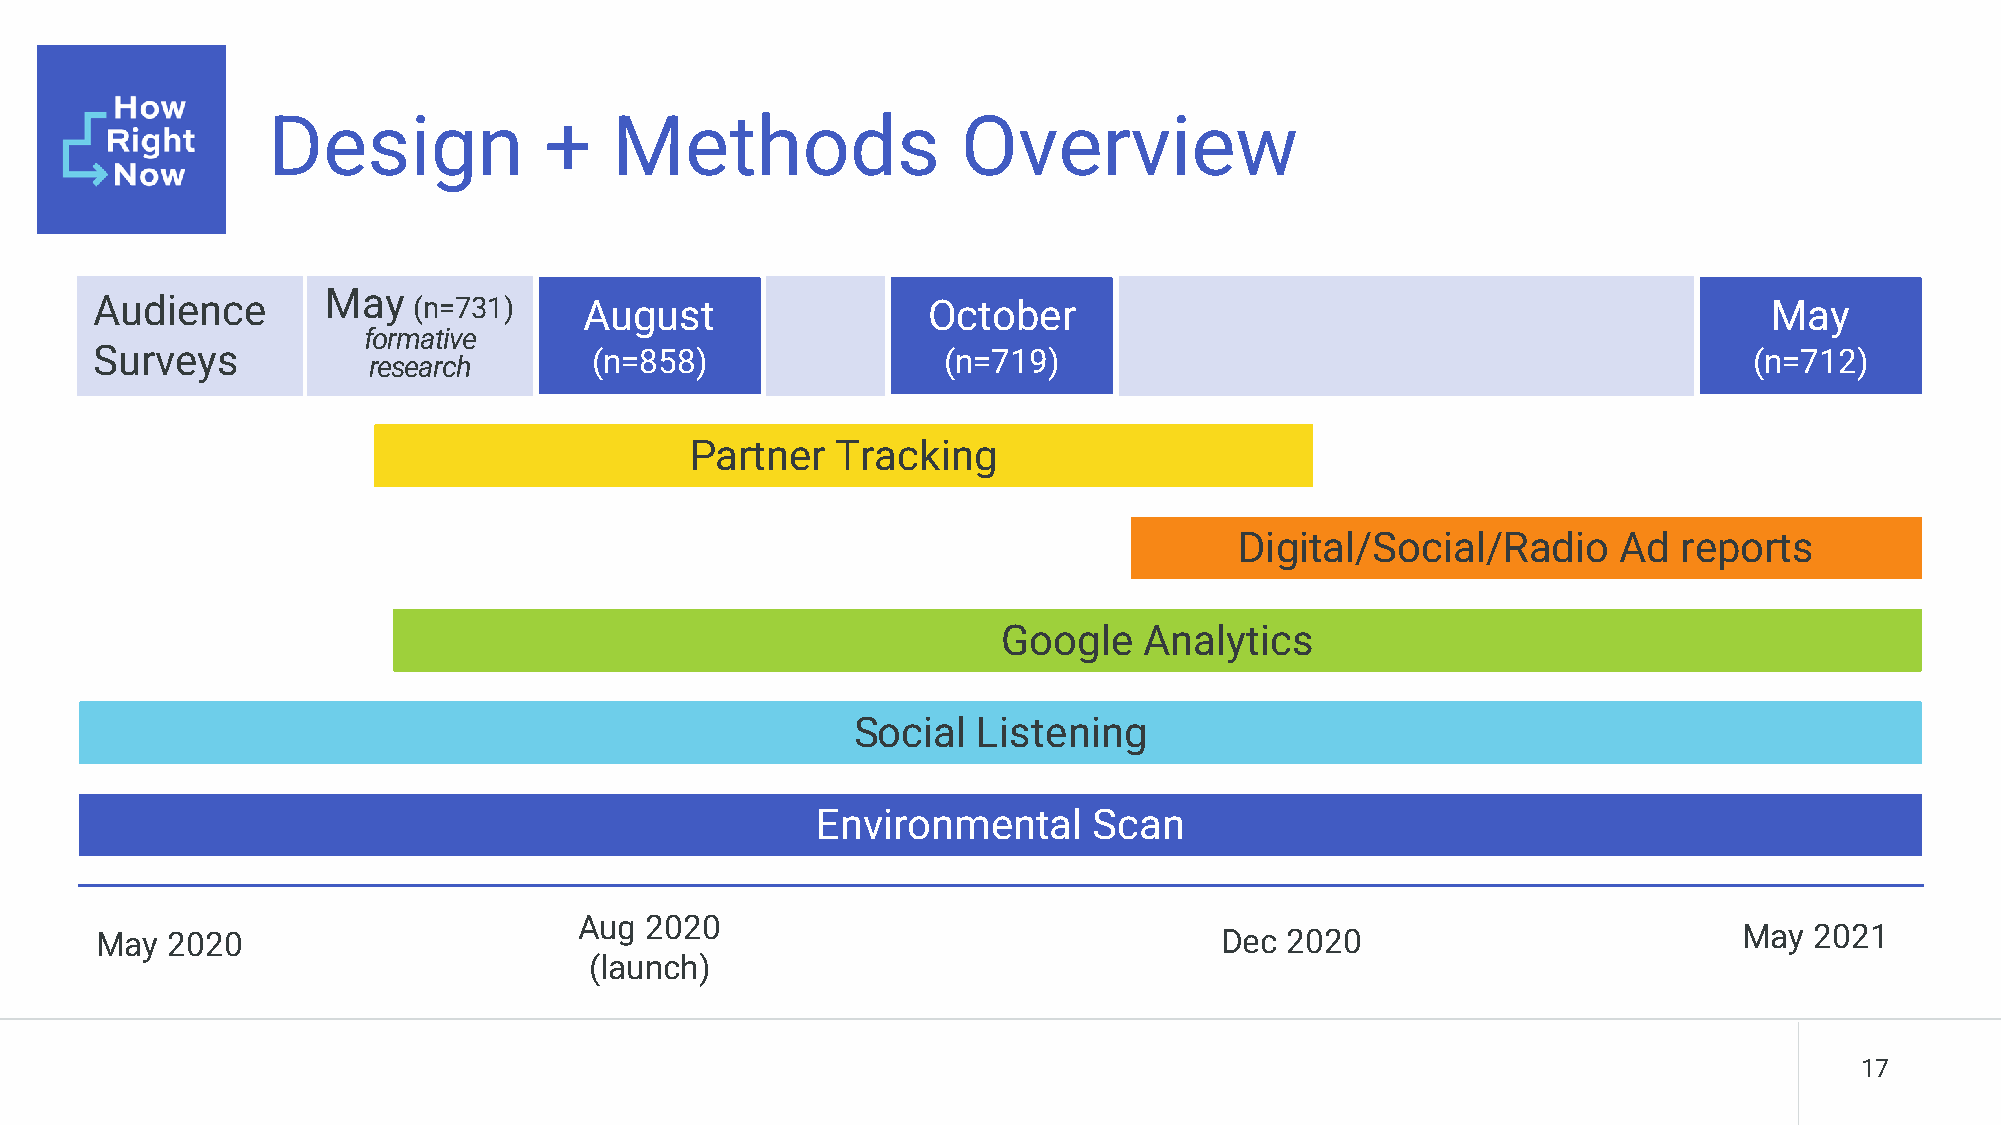
Design            +    Methods                Overview
 May
 Audience             (n=731)     August                October                                                 May
 formative
 Surveys                          (n=858)                (n=719)                                               (n=712)
 research
 Partner  Tracking
 Digital/Social/Radio     Ad  reports
 Google    Analytics
 Social   Listening
 Environmental     Scan
 Aug  2020
 May  2020                                                                  Dec 2020                          May  2021
 (launch)
 17